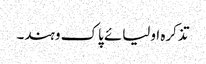
تذکرہ اولیائے پاک وہند۔